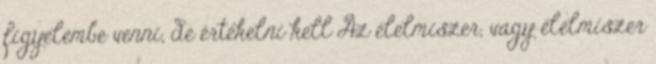
figyelembe venni, de értékelni kell Az élelmiszer, vagy élelmiszer